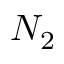
N _ { 2 }